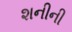
શનીની